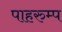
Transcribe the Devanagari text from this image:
पाहरुम्प